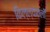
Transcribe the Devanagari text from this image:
किल्ल्यातली